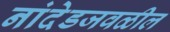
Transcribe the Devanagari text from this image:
नांदेडजवळील